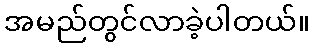
အမည်တွင်လာခဲ့ပါတယ်။